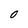
Character: 0